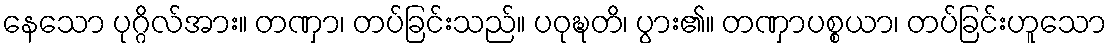
နေသော ပုဂ္ဂိလ်အား။ တဏှာ၊ တပ်ခြင်းသည်။ ပဝုဍ္ဎတိ၊ ပွား၏။ တဏှာပစ္စယာ၊ တပ်ခြင်းဟူသော